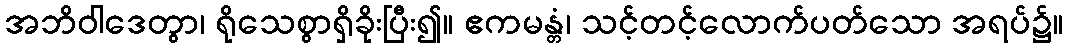
အဘိဝါဒေတွာ၊ ရိုသေစွာရှိခိုးပြီး၍။ ဧကမန္တံ၊ သင့်တင့်လောက်ပတ်သော အရပ်၌။